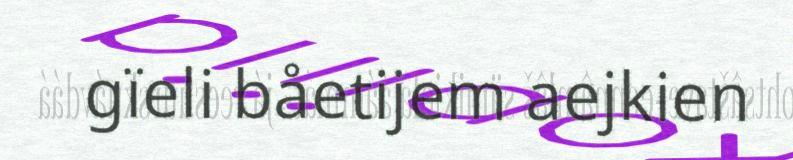
gïeli båetijem aejkien